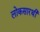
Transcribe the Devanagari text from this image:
लोकसारथी